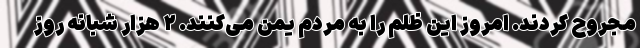
مجروح کردند. امروز این ظلم را به مردم یمن می‌کنند. ۲ هزار شبانه روز